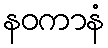
နဝကာနံ